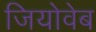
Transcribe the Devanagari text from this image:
जियोवेब